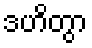
ဒဟိတွာ